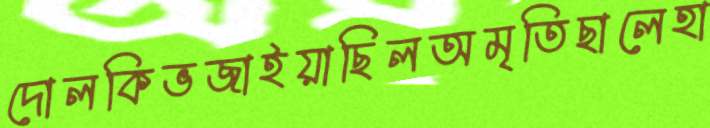
দোলকিভজাইয়াছিলঅমৃতিছালেহা